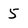
Character: 5